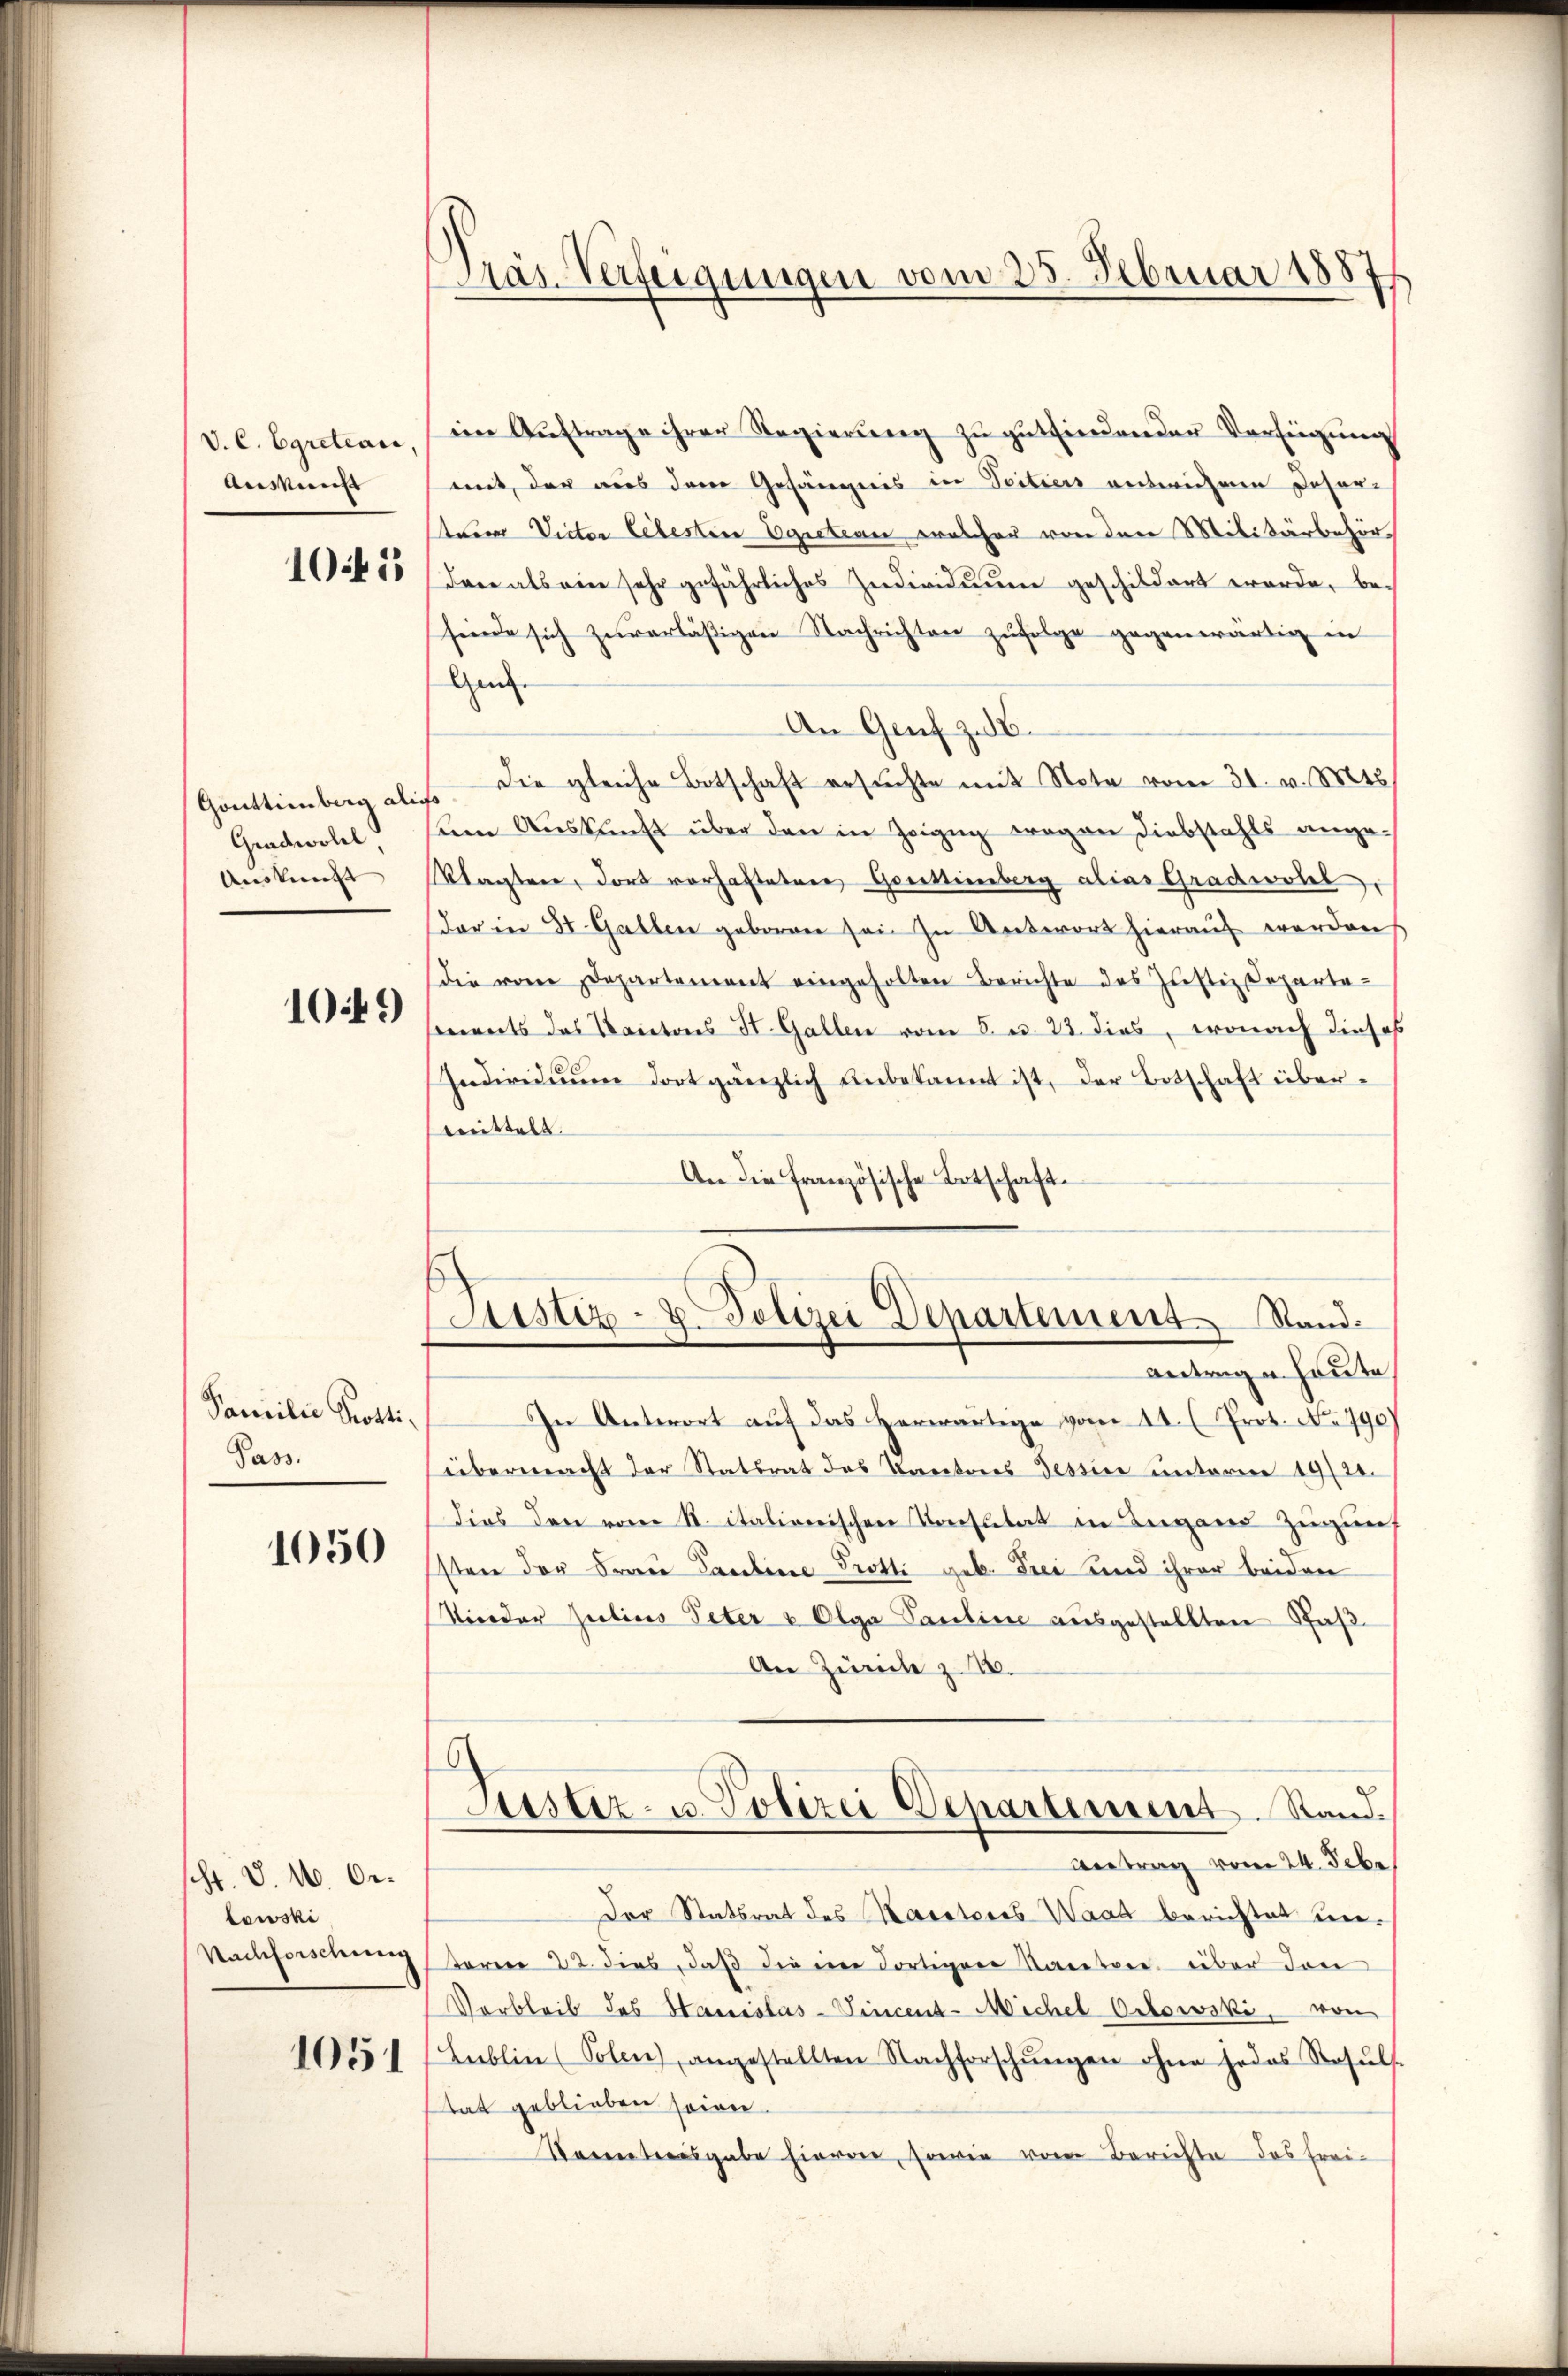
V. C. Egreteare,
Auskunst

1045

Gouttemberg ali
Gradwoll,
Auskunft |

1049)

Familie Potti¬
Pass.

1050

schr. S. 16. Oelowski
Nachforschung

1051

Präs. Verfeigungen vom 25. Februar 1887

im Auftrage ihrer Regierŭng zu gutfindenden Verfügung
mit, der aus dem Gefängnis in Seiters entwichenen Desorsten Victor Lebesten Egiction, welcher von den Militärbehördan als ein sehr gefährliches Individuum geschildert worde, be-
sende sich zuverlässigen Nachrichten zufolge gegenwärtig in
Gen.
An Genf z. B.
. Die gleiche Botschaft ersŭchte mit Note vom 31. v. Mts.
sem Auskunft über den in Zeigug wegen Diebstahls ange¬
Mlagten, dort vorhaftetene Gattienberg alias Gradwohl,
dar in 8 Gallen geboren sei. In Antwort hieraŭf werden.
die vom Departement eingeholten Berichte des Justiz-Departesereits das Kantons St. Gallen vom 8. u. 23. dies, wonach dieses
Individuum dort gänzlich unbekannt ist, der Botschaft übermmittelt
An die französische Botschaft¬
Astiz- & Polizei Departement Stand
antrage heute
In Antwort auf das herwärtige vom 11. (Prot. No 790)
übermacht der Statsrat des Kantons Tessin unterm 19/20.
Dies den vom 11. italierischen Konsulat in Lugand Zugung
sten der Frau Pauline Trotti geb. Frei und ihrer beiden
Nieder Julius Peter v Olga Pauline ausgestellten Saß¬
An Zürich z. 18.
Justiz- u. Polizei Departement. Stand.
Antrag vom 24. Febr
Der Statsrat des Karatores Waad berichtet unteren 22. dies, daβ die im dortigen Kantone über den
Varbleib des Hanislas- Vincent-Michel Ortowski, von
Lieblin (Polen angestellten Nachforschŭngen ohne jedes Resŭls-
tat geblieben seien.
Vertrausgabe hievon, sowie von Berichte des Frei¬